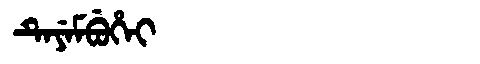
Manchu: ᡨᡝᠶᡝᠮᠪᡠᡥᡝᡳ
Romanization: TEYEMBUHEI